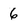
Character: 6